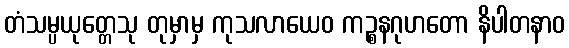
တံသမ္ပယုတ္တေသု တုမှာမှ ကုသလာယေဝ ကဉ္စနဂုဟတော နိပါတနာဝ